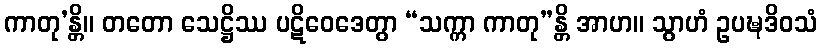
ကာတု’န္တိ။ တတော သေဋ္ဌိဿ ပဋိဝေဒေတွာ “သက္ကာ ကာတု”န္တိ အာဟ။ သွာဟံ ဥပဍ္ဎဒိဝသံ